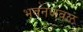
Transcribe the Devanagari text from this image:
भवनजवळ